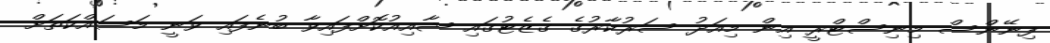
ފިނޭންސް މިނިސްޓްރީ އިން މިއަދު ސަރުކާރުގެ ގެޒެޓުގައި ޝާއިއުކޮށްފައިވާ ބުނެފައި ވަނީ މަސައްކަތަށް